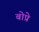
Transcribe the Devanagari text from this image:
बोप्रे